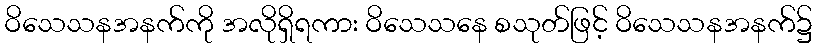
ဝိသေသနအနက်ကို အလိုရှိရကား ဝိသေသနေ စသုတ်ဖြင့် ဝိသေသနအနက်၌